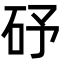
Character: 䂛